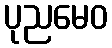
ပုညမေဝ